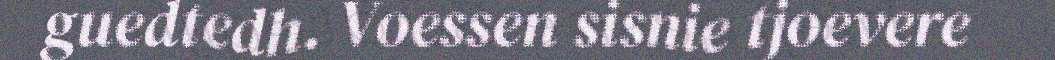
guedtedh. Voessen sisnie tjoevere